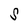
Character: S